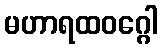
မဟာရထဝဂ္ဂေါ